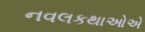
નવલકથાઓએ